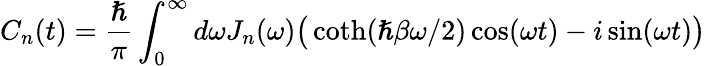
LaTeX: C_{n}(t)=\frac{\hslash}{\pi}\int_{0}^{\infty}d\omega J_{n}(\omega)\big(\coth(\hslash\beta\omega/2)\cos(\omega t)-i\sin(\omega t)\big)